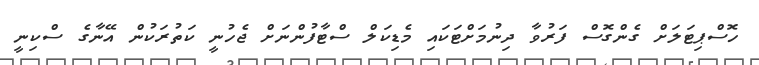
ހޮސްޕިޓަލަށް ގެންގޮސް ފަރުވާ ދިނުމަށްޓަކައި މެޑިކަލް ސްޓާފުންނަށް ޖެހުނީ ކަތުރަކުން އޭނާގެ ސްކިނީ